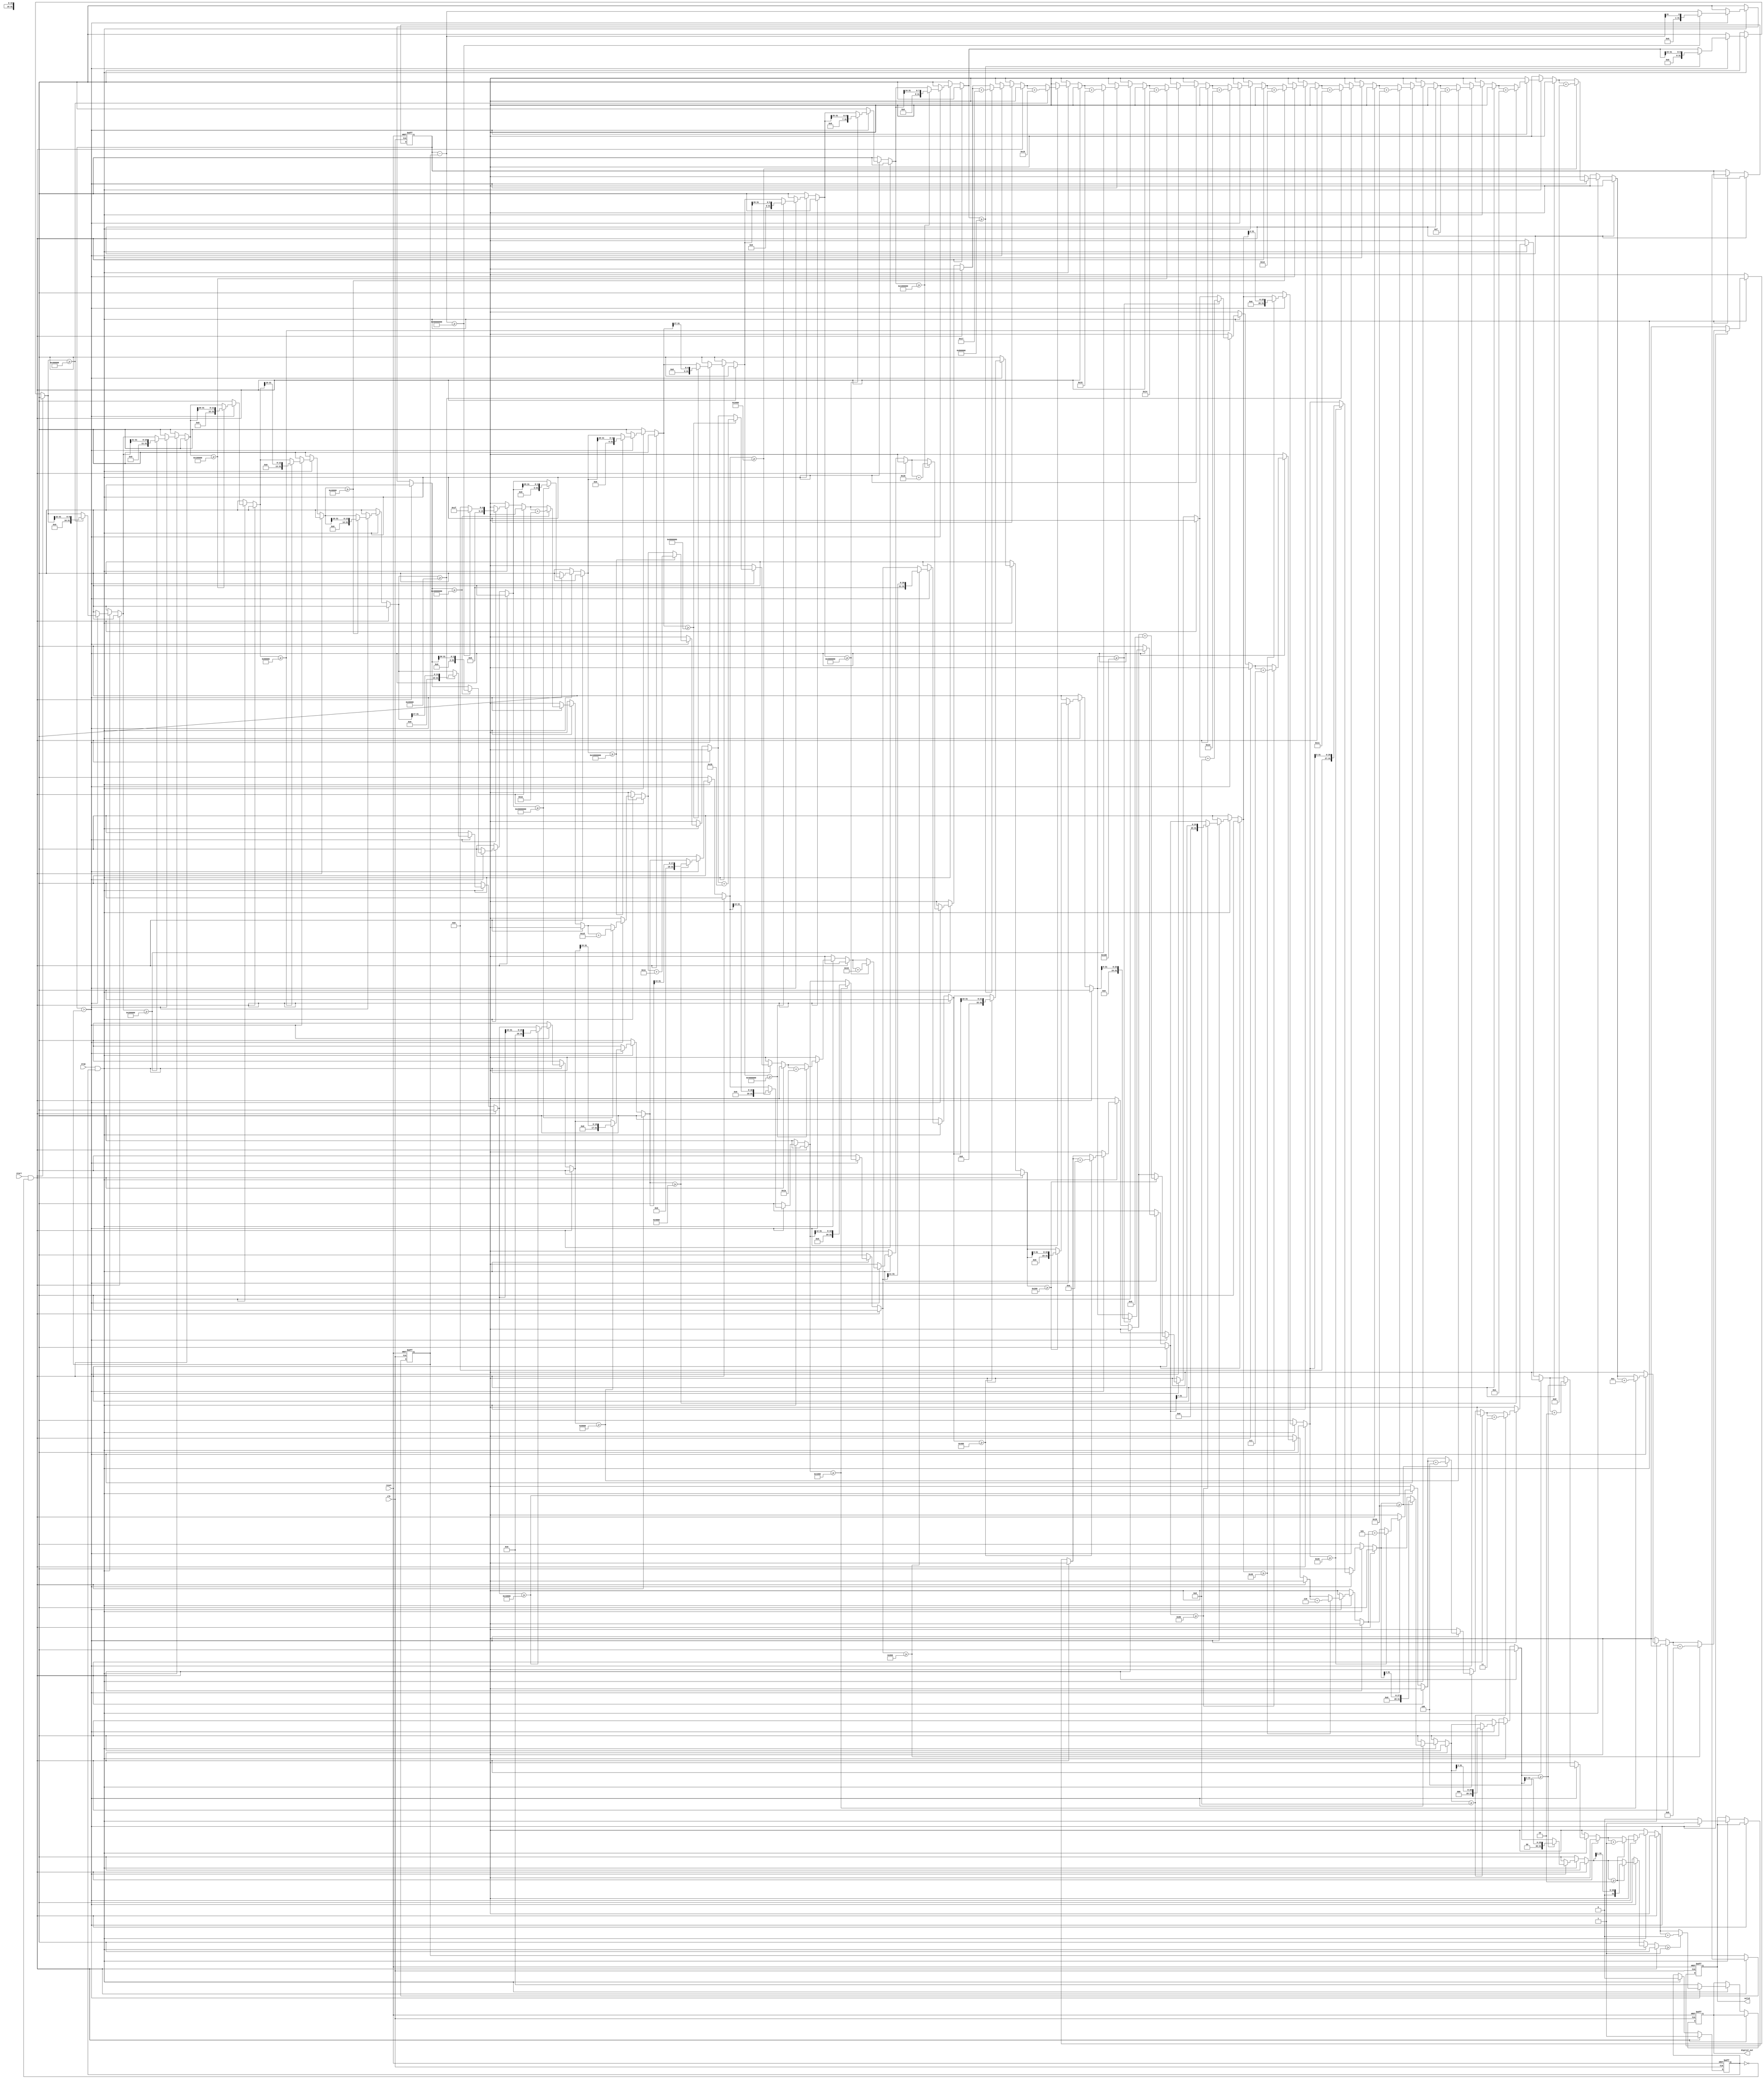
module Logarithmic_TDC (
    input wire clk,                // High-frequency clock
    input wire reset,              // Reset signal
    input wire start,              // Start signal
    input wire stop,               // Stop signal
    output reg [15:0] digital_out, // Digital output (logarithmic scale)
    output reg valid               // Output valid signal
);

    reg [31:0] start_time;         // Timestamp for start event
    reg [31:0] stop_time;          // Timestamp for stop event
    reg measuring;                 // State to indicate measurement in progress

    // Clock generation and time measurement core
    always @(posedge clk or posedge reset) begin
        if (reset) begin
            start_time <= 0;
            stop_time <= 0;
            digital_out <= 0;
            valid <= 0;
            measuring <= 0;
        end else begin
            if (start && !measuring) begin
                measuring <= 1;
                start_time <= $time; // Capture start time
            end else if (stop && measuring) begin
                measuring <= 0;
                stop_time <= $time;  // Capture stop time
                // Calculate time interval
                if (stop_time > start_time) begin
                    // Logarithmic scaling (simplified)
                    digital_out <= log2(stop_time - start_time);
                    valid <= 1; // Indicate valid output
                end else begin
                    digital_out <= 0; // Invalid measurement
                    valid <= 0;
                end
            end
        end
    end

    // Logarithmic function (simple approximation)
    function [15:0] log2;
        input [31:0] value;
        integer i;
        begin
            log2 = 0;
            for (i = 31; i >= 0; i = i - 1) begin
                if (value >= (1 << i)) begin
                    value = value >> i;
                    log2 = log2 + i;
                end
            end
        end
    endfunction

endmodule